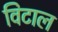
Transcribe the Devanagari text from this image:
विटाल